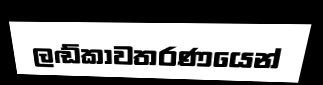
ලඬ්කාවතරණයෙන්